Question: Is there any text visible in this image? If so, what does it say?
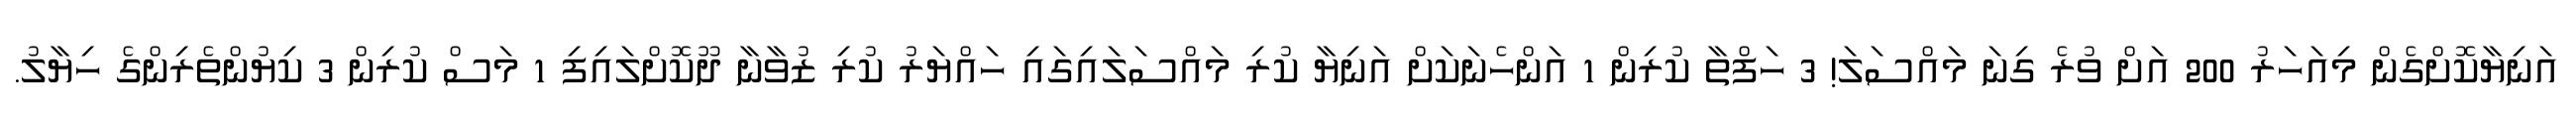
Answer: އަނިޔާކޮށްގެން މިއަހަރު 200 އަށް ވުރެ ގިނަ މައްސަލަ! 3 ހަފްތާ ކުރިން 1 އަންހެނަކަށް އަނިޔާ ކުރި މައްސަލައިގައި ހައްޔަރު ކުރި ޒުވާނާ ދޫކޮށްލައިފި 1 މަސް ކުރިން 3 ކިޔުންތެރިންގެ ހިޔާލު.